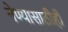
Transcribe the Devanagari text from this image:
नेण्यासाठीही